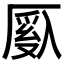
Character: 𫨙